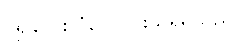
ပို၍လေးလံကြောင်းသိရှိရသည်။